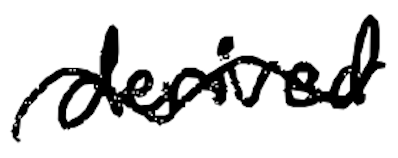
Text: derived
Cross-out: wave
Writing tool: digital_black